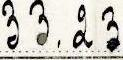
33.23